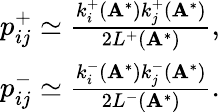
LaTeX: \begin{array}{r}{p_{ij}^{+}\simeq\frac{k_{i}^{+}(\mathbf{A}^{*})k_{j}^{+}(\mathbf{A}^{*})}{2L^{+}(\mathbf{A}^{*})},}\\ {p_{ij}^{-}\simeq\frac{k_{i}^{-}(\mathbf{A}^{*})k_{j}^{-}(\mathbf{A}^{*})}{2L^{-}(\mathbf{A}^{*})}.}\end{array}